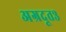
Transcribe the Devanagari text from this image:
अग्रदूत३